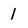
Character: 1